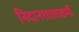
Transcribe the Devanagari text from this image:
निदानशालाकर्मी